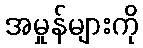
အမှုန်များကို